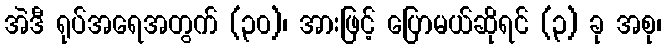
အဲဒီ ရုပ်အရေအတွက် (၃၀)၊ အားဖြင့် ပြောမယ်ဆိုရင် (၃) ခု အစု၊